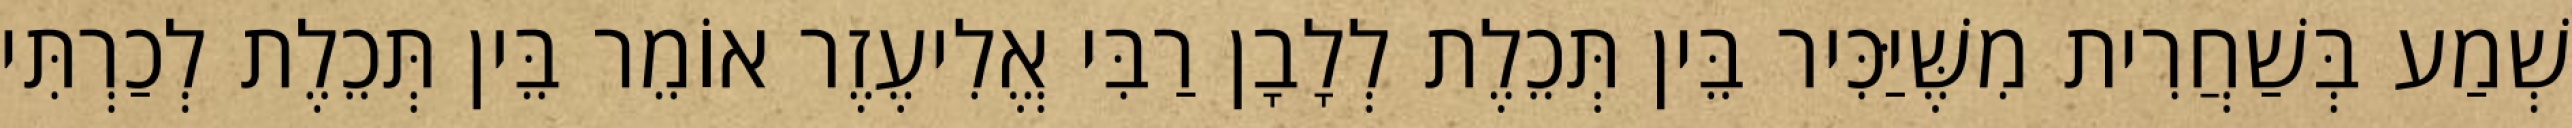
שְׁמַע בְּשַׁחֲרִית מִשֶּׁיַּכִּיר בֵּין תְּכֵלֶת לְלָבָן רַבִּי אֱלִיעֶזֶר אוֹמֵר בֵּין תְּכֵלֶת לְכַרְתִּי